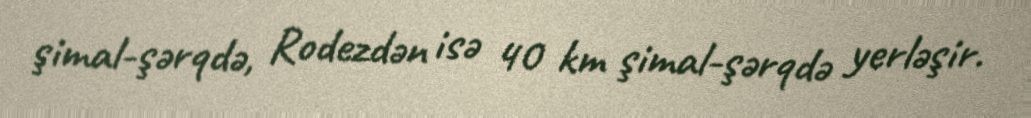
şimal-şərqdə, Rodezdən isə 40 km şimal-şərqdə yerləşir.